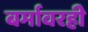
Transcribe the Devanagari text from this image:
बर्मावरही